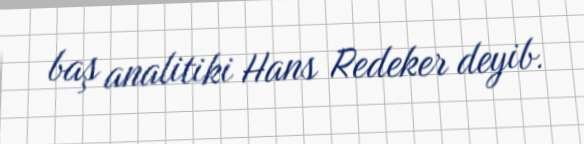
baş analitiki Hans Redeker deyib.